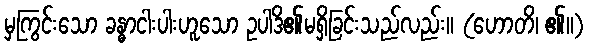
မှကြွင်းသော ခန္ဓာငါးပါးဟူသော ဥပါဒိ၏မရှိခြင်းသည်လည်း။ (ဟောတိ၊ ၏။)